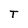
Character: T